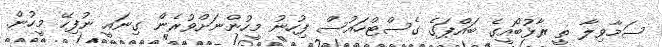
ސަމާވިލާ ތީ ރާޅުބޯއީގެ ބައްޕަގެ ގެސްޓްހައުސް ފިހުނު މީހުންނަށްވުރެން ގިނައީ ނުފިހޭ މީހުން.